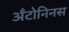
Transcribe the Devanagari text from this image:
अँटोनिनस